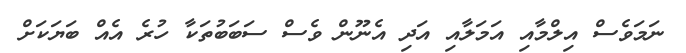
ނަމަވެސް އިލްމާއި އަމަލާއި އަދި އެނޫން ވެސް ސަބަބުތަކާ ހުރެ އެއް ބަޔަކަށް